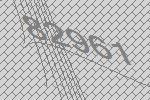
82961